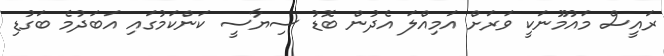
ރައީސް މައުމޫނަކީ ވަރަށް އަމިއްލަ އެދުން ބޮޑު ސިޔާސީ ކަންކަމުގައި އަބަދުމެ ބަގުޑި